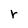
Character: r